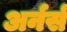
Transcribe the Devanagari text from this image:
अर्नर्स